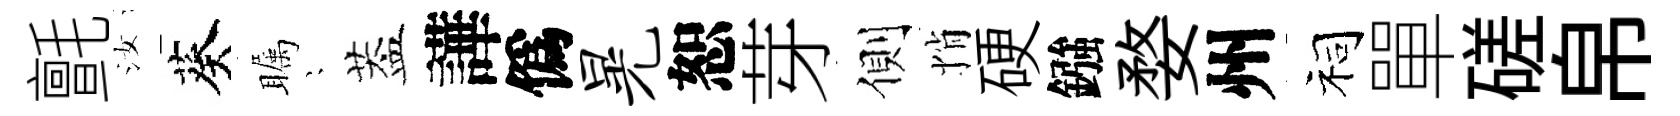
氈汝葵瞩隠葢譁僞晃恕芽側悄硬鏹婺州祠單磋帛